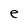
Character: e